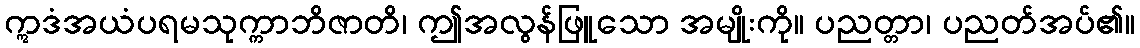
ဣဒံအယံပရမသုက္ကာဘိဇာတိ၊ ဤအလွန်ဖြူသော အမျိုးကို။ ပညတ္တာ၊ ပညတ်အပ်၏။